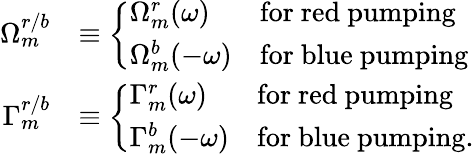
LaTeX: \begin{array}{rl}{\Omega_{m}^{r/b}}&{\equiv\left\{ \begin{array}{ll}{\Omega_{m}^{r}(\omega)}&{\mathrm{for~red~pumping}}\\ {\Omega_{m}^{b}(-\omega)}&{\mathrm{for~blue~pumping}}\end{array}\right.}\\ {\Gamma_{m}^{r/b}}&{\equiv\left\{ \begin{array}{ll}{\Gamma_{m}^{r}(\omega)}&{\mathrm{for~red~pumping}}\\ {\Gamma_{m}^{b}(-\omega)}&{\mathrm{for~blue~pumping.}}\end{array}\right.}\end{array}